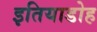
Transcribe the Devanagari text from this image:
इतियाडोह